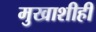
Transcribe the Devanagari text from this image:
मुखाशीही